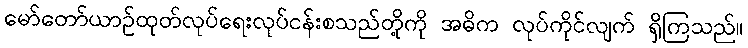
မော်တော်ယာဉ်ထုတ်လုပ်ရေးလုပ်ငန်းစသည်တို့ကို အဓိက လုပ်ကိုင်လျက် ရှိကြသည်။